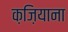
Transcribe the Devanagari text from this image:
क़ज़ियाना